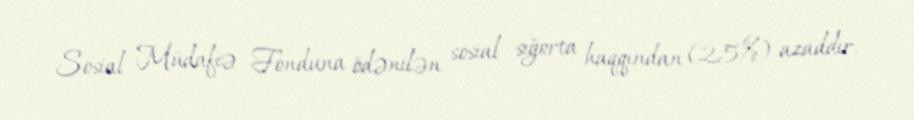
Sosial Müdafiə Fonduna ödənilən sosial sığorta haqqından (25%) azaddır.